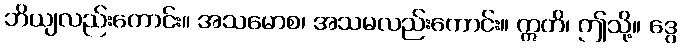
ဘိယျလည်းကောင်း။ အသမောစ၊ အသမလည်းကောင်း။ ဣတိ၊ ဤသို့။ ဒွေ